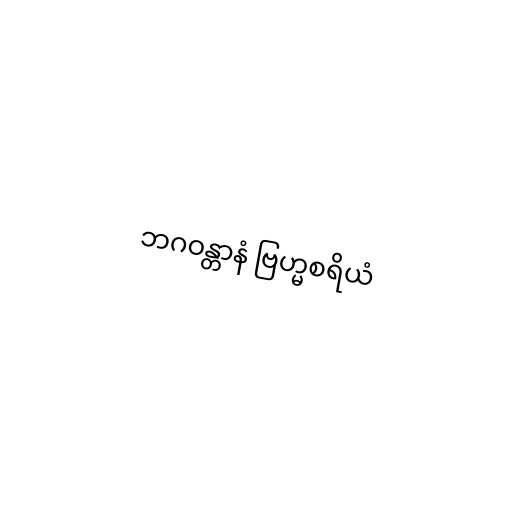
ဘဂဝန္တာနံ ဗြဟ္မစရိယံ